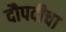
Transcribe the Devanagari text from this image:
दौपदीचा